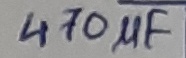
Text: 470µF